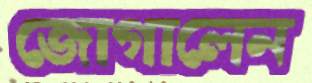
জোগালেন